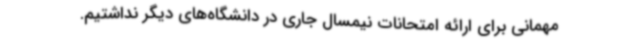
مهمانی برای ارائه امتحانات نیمسال جاری در دانشگاه‌های دیگر نداشتیم.